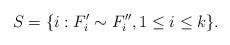
LaTeX: \begin{align*}S = \{ i: F_i^{\prime} \sim F_i^{\prime\prime}, 1\leq i\leq k \} . \end{align*}